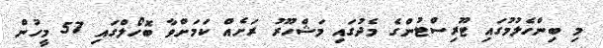
މި ބިންހެލުމުގައި ޓޫރިސްޓުންގެ މެދުގައި މަޝްހޫރު ރަށެއް ކަމަށްވާ ބޮހޯލްގައި 57 މީހުން